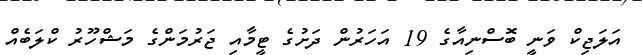
އަލަޖިކް ވަނީ ބޮސްނިއާގެ 19 އަހަރުން ދަށުގެ ޓީމާއި ޖަރުމަންގެ މަޝްހޫރު ކްލަބެއް